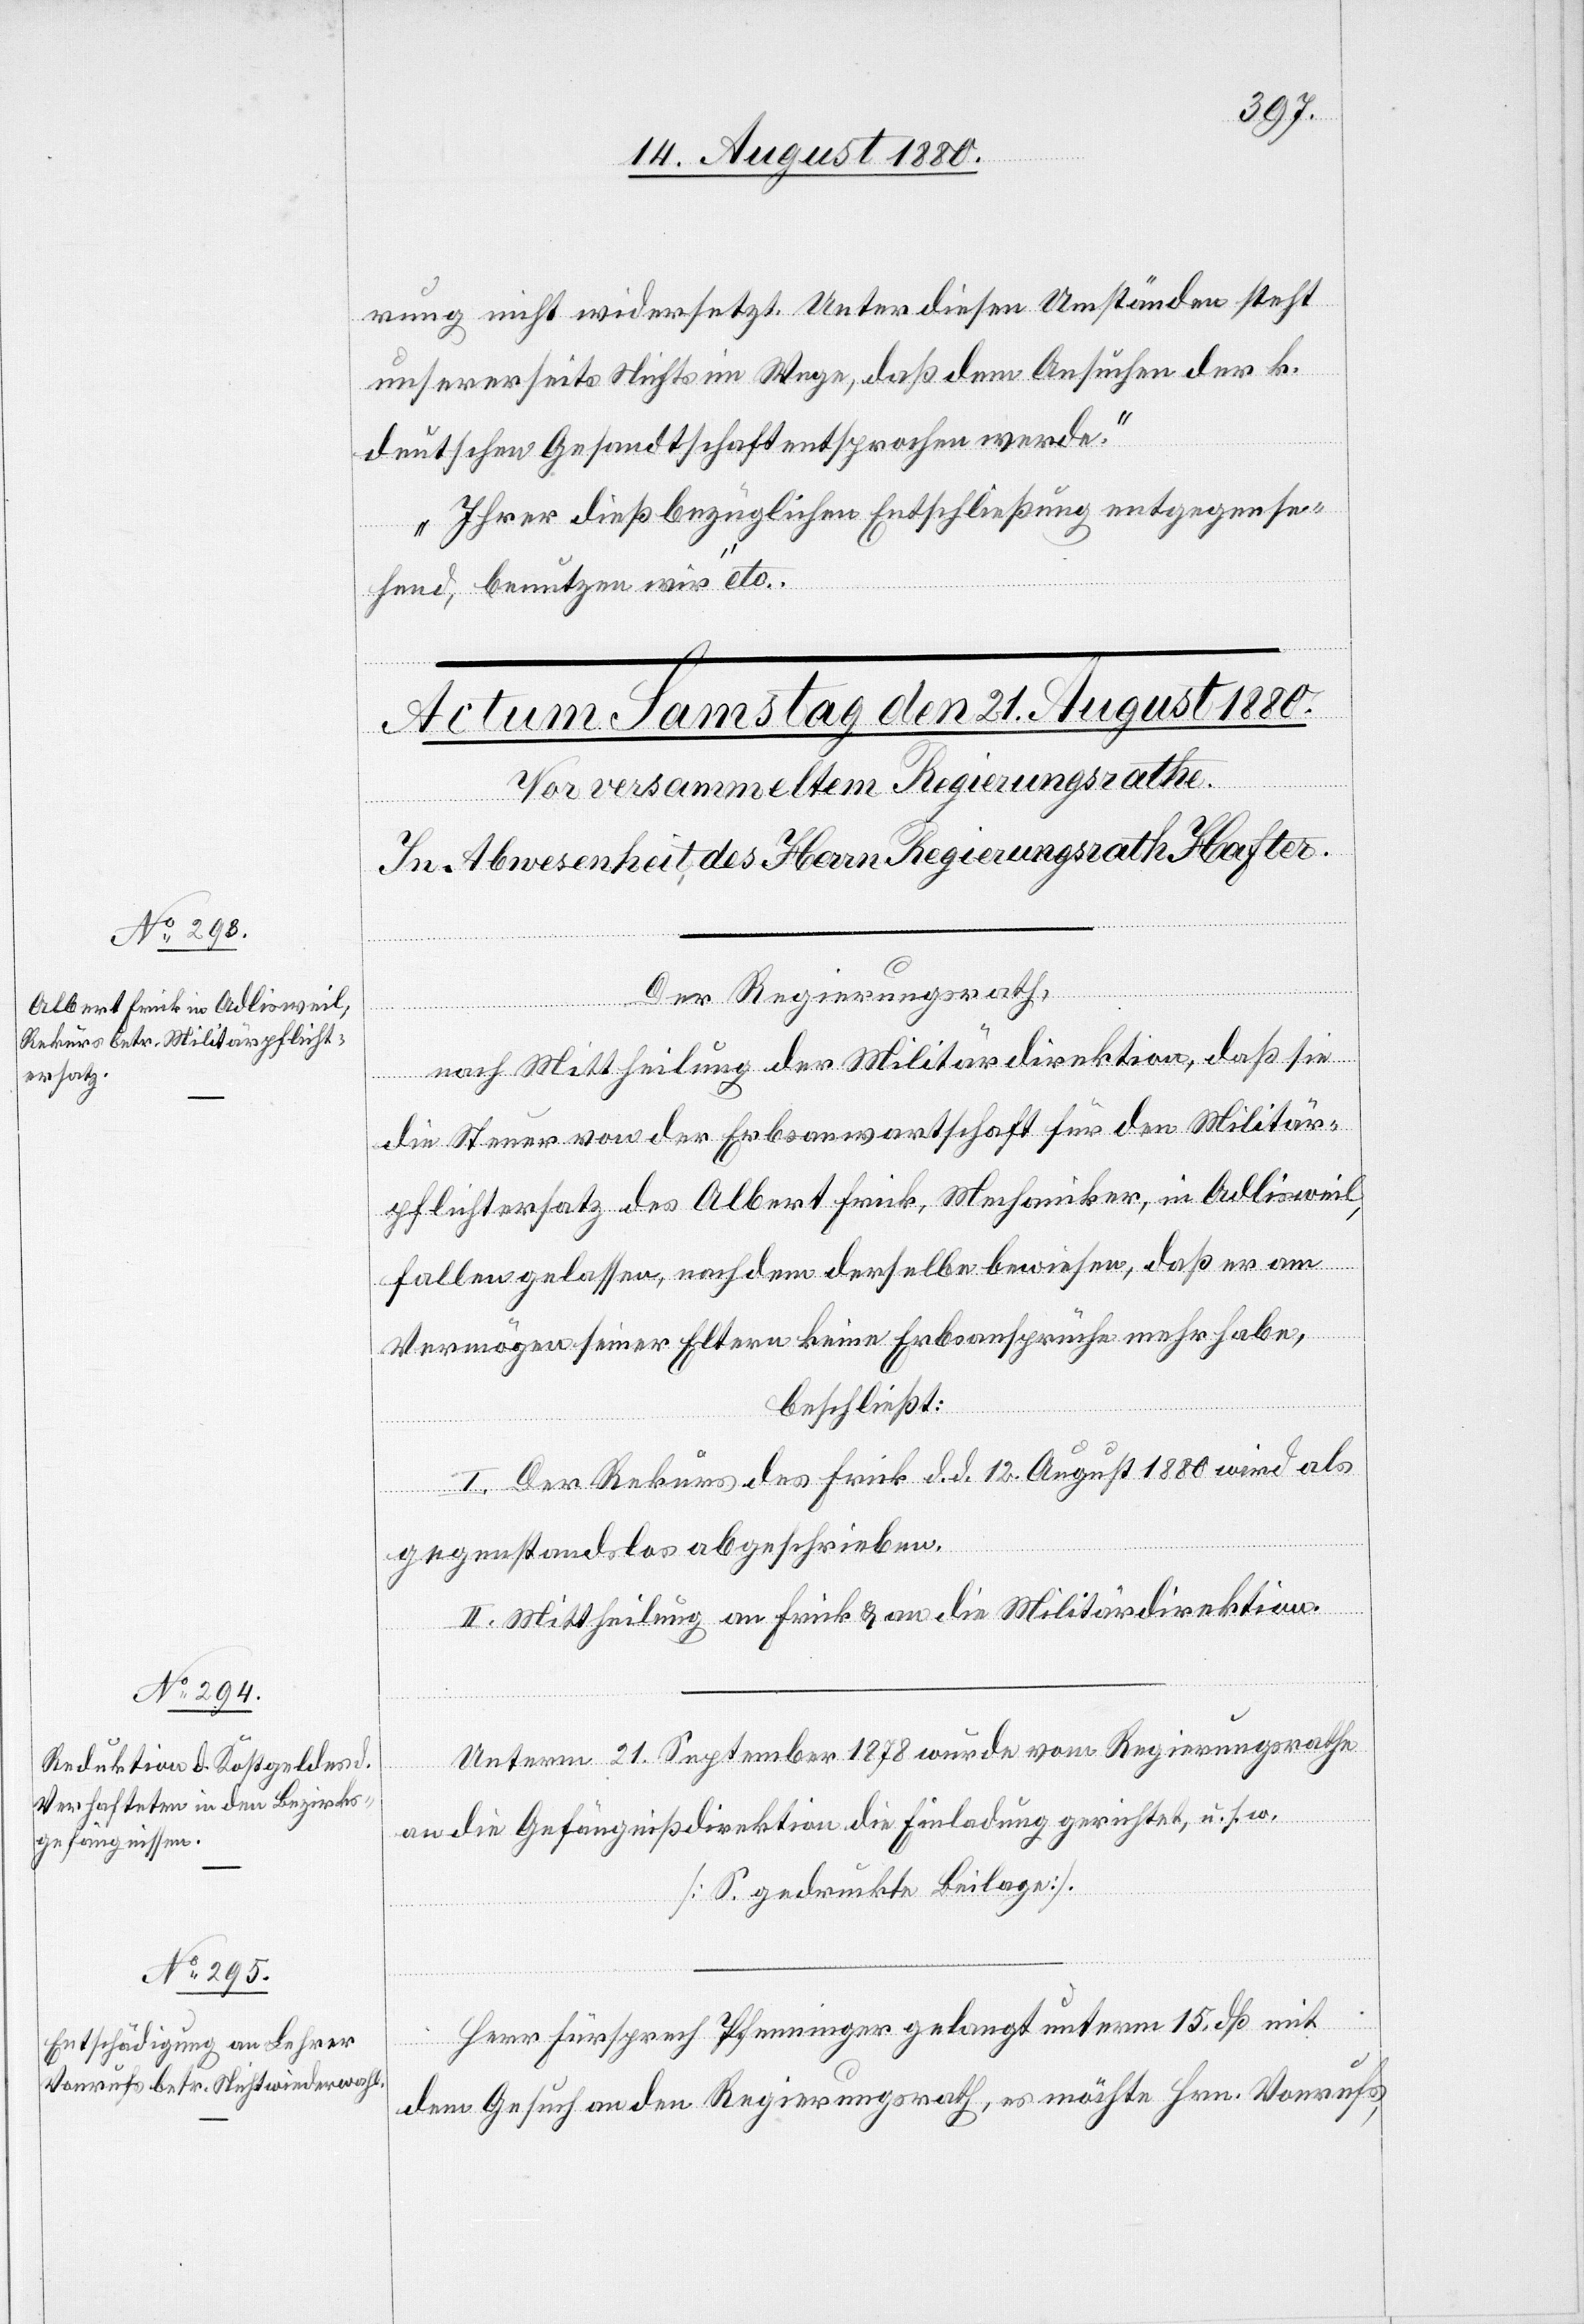
rung nicht widersetzt. Unter diesen Umständen steht
unsererseits Nichts im Wege, daß dem Ansuchen der k.
deutschen Gesandtschaft entsprochen werde.
Ihrer dießbezüglichen Entschließung entgegense¬
hend, benutzen wir“ etc.
Der Regierungsrath,
nach Mittheilung der Militärdirektion, daß sie
die Steuer von der Erbsanwartschaft für den Militär¬
pflichtersatz des Albert Frick, Mechaniker, in Adlisweil,
fallengelassen, nach dem derselbe bewiesen, daß er am
Vermögen seiner Eltern keine Erbsansprüche mehr habe,
beschließt:
I. Der Rekurs des Frick d. d. 12. August 1880 wird als
gegenstandslos abgeschrieben.
II. Mittheilung an Frick & an die Militärdirektion.
Unterm 21. September 1878 wurde vom Regierungsrath
an die Gefängnißdirektion die Einladung gerichtet, u. s. w.
[S. gedruckte Beilagen]
Herr Fürsprech Pfenninger gelangt unterm 15. dß mit
dem Gesuch an den Regierungsrath, es möchte Hrn. Vonrufs,